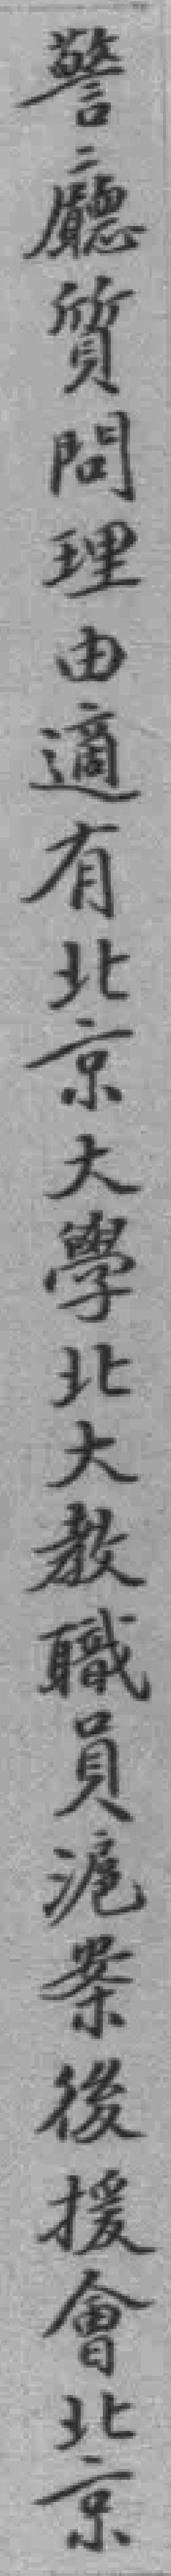
警廳質間理由適有北京大學北大教職員滬案後援會北京